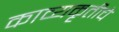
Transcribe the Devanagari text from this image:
काव्यकृतीचे